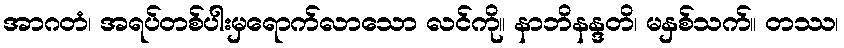
အာဂတံ၊ အရပ်တစ်ပါးမှရောက်လာသော လင်ကို။ နာဘိနန္ဒတိ၊ မနှစ်သက်။ တဿ၊